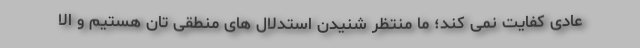
عادی کفایت نمی کند؛ ما منتظر شنیدن استدلال های منطقی تان هستیم و الا